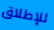
للإطلاق